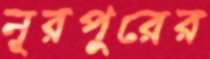
নূরপুরের